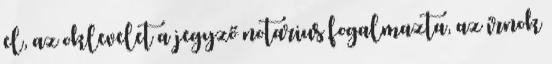
el, az oklevelet a jegyző notarius fogalmazta, az írnok